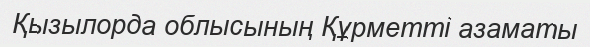
Қызылорда облысының Құрметті азаматы